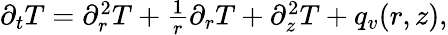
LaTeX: \begin{array}{r}{\partial_{t}T=\partial_{r}^{2}T+\frac{1}{r}\partial_{r}T+\partial_{z}^{2}T+q_{v}(r,z),}\end{array}